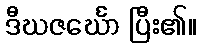
ဒီဃဇင်္ဃော ပြီး၏။